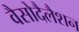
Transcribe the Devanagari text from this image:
वैसोदैलैशन